Civil Veterinary Department. Madras. Admin. report 1910-25 - 1910-1925
Year: 1910
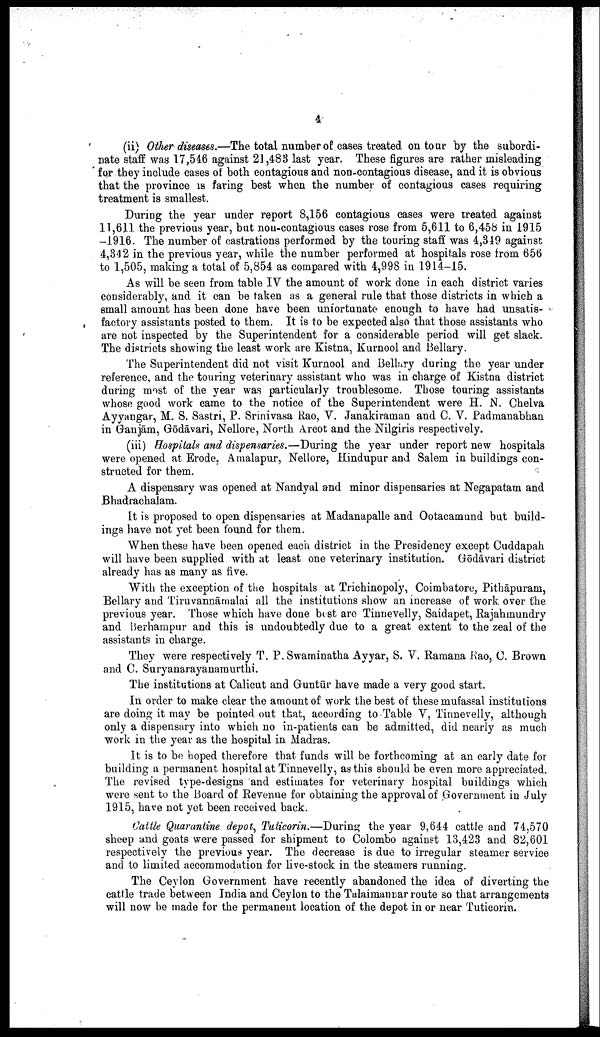
4
(ii) Other diseases.—The total number of cases treated on tour by the subordi
nate staff was 17,546 against 21,483 last year. These figures are rather misleading
for they include cases of both contagious and non-contagious disease, and it is obvious
that the province is faring best when the number of contagious cases requiring
treatment is smallest.
During the year under report 8,156 contagious cases were treated against
11,611 the previous year, but non-contagious cases rose from 5,611 to 6,458 in 1915
-1916. The number of castrations performed by the touring staff was 4,349 against
4,342 in the previous year, while the number performed at hospitals rose from 656
to 1,505, making a total of 5,854 as compared with 4,998 in 1914-15.
As will be seen from table IV the amount of work done in each district varies
considerably, and it can be taken as a general rule that those districts in which a
small amount has been done have been unfortunate enough to have had unsatis
factory assistants posted to them. It is to be expected also that those assistants who
are not inspected by the Superintendent for a considerable period will get slack.
The districts showing the least work are Kistna, Kurnool and Bellary.
The Superintendent did not visit Kurnool and Bellary during the year under
reference, and the touring veterinary assistant who was in charge of Kistna district
during most of the year was particularly troublesome. Those touring assistants
whose good work came to the notice of the Superintendent were H. N. Chelva
Ayyangar, M. S. Sastri, P. Srinivasa Rao, V. Janakiraman and C. V. Padmanabhan
in Gaujām, Gōdāvari, Nellore, North Arcot and the Nilgiris respectively.
(iii) Hospitals and dispensaries.—During the year under report new hospitals
were opened at Erode, Amalapur, Nellore, Hindupur and Salem in buildings con
structed for them.
A dispensary was opened at Nandyal and minor dispensaries at Negapatam and
Bhadrachalam.
It is proposed to open dispensaries at Madanapalle and Ootacamund but build
ings have not yet been found for them.
When these have been opened each district in the Presidency except Cuddapah
will have been supplied with at least one veterinary institution. Gōdāvari district
already has as many as five.
With the exception of the hospitals at Trichinopoly, Coimbatore, Pithāpuram,
Bellary and Tiruvannāmalai all the institutions show an increase of work over the
previous year. Those which have done best are Tinnevelly, Saidapet, Rajahmundry
and Berhampur and this is undoubtedly due to a great extent to the zeal of the
assistants in charge.
They were respectively T. P. Swaminatha Ayyar, S. V. Ramana Rao, C. Brown
and C. Suryanarayanamurthi.
The institutions at Calicut and Guntūr have made a very good start.
In order to make clear the amount of work the best of these mufassal institutions
are doing it may be pointed out that, according to Table V, Tinnevelly, although
only a dispensary into which no in-patients can be admitted, did nearly as much
work in the year as the hospital in Madras.
It is to be hoped therefore that funds will be forthcoming at an early date for
building a permanent hospital at Tinnevelly, as this should be even more appreciated.
The revised type-designs and estimates for veterinary hospital buildings which
were sent to the Board of Revenue for obtaining the approval of Government in July
1915, have not yet been received back.
Cattle Quarantine depot, Tuticorin.—During the year 9,644 cattle and 74,570
sheep and goats were passed for shipment to Colombo against 13,423 and 82,601
respectively the previous year. The decrease is due to irregular steamer service
and to limited accommodation for live-stock in the steamers running.
The Ceylon Government have recently abandoned the idea of diverting the
cattle trade between India and Ceylon to the Talaimannar route so that arrangements
will now be made for the permanent location of the depot in or near Tuticorin.